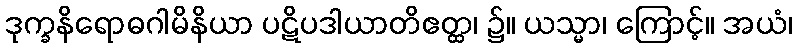
ဒုက္ခနိရောဓဂါမိနိယာ ပဋိပဒါယာတိဧတ္ထ၊ ၌။ ယသ္မာ၊ ကြောင့်။ အယံ၊